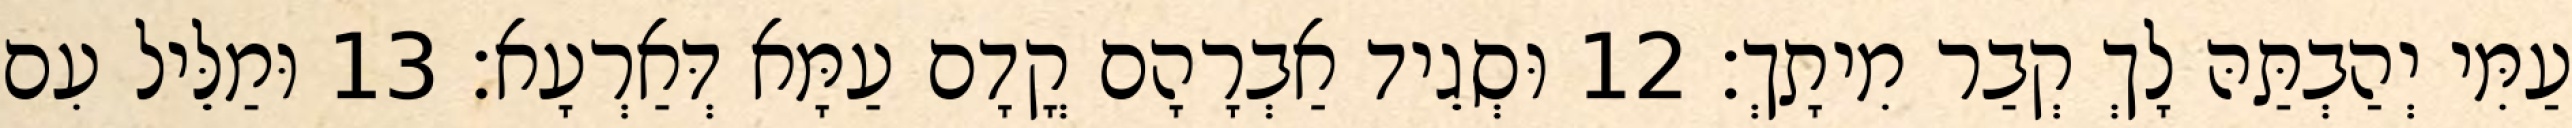
עַמִּי יְהַבְתַּהּ לָךְ קְבַר מִיתָךְ׃ 12 וּסְגֵיד אַבְרָהָם קֳדָם עַמָּא דְּאַרְעָא׃ 13 וּמַלֵּיל עִם